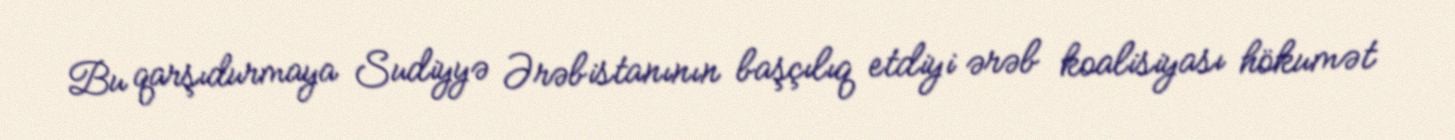
Bu qarşıdurmaya Sudiyyə Ərəbistanının başçılıq etdiyi ərəb koalisiyası hökumət